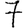
Digit: 7